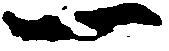
一